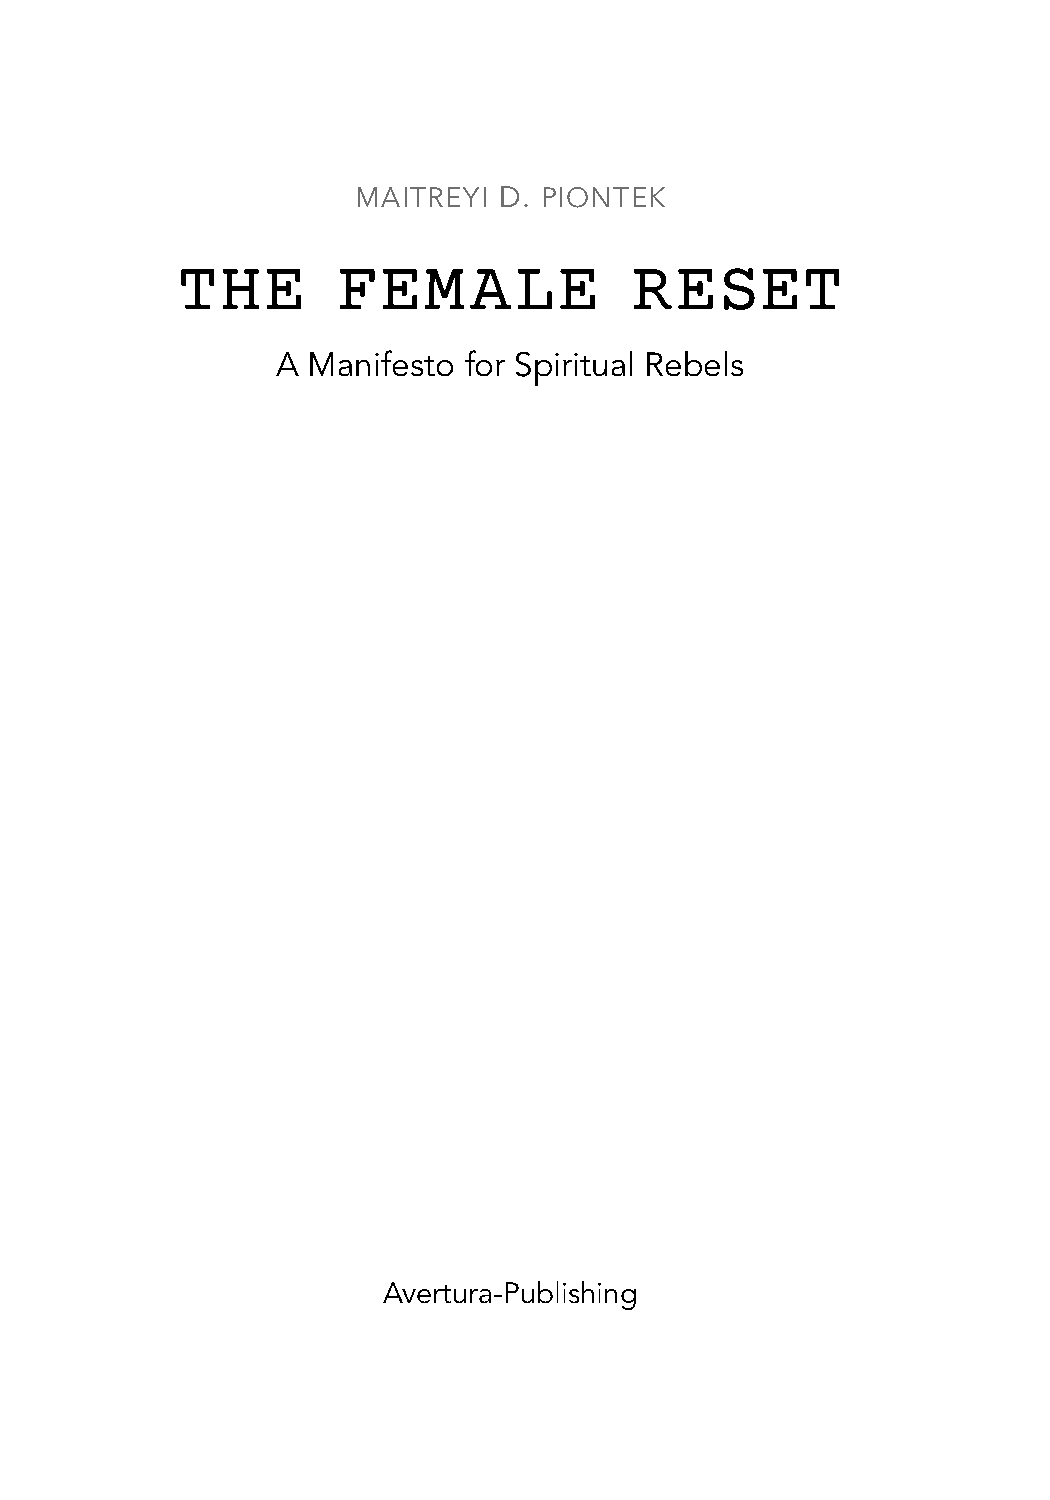
MAITREYI D. PIONTEK
 THE       FEMALE              RESET
 A Manifesto  for Spiritual Rebels
 Avertura-Publishing